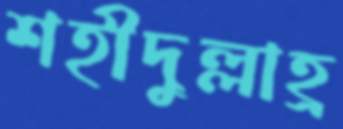
শহীদুল্লাহ্র